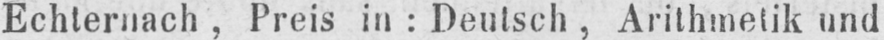
Echternach, Preis in: Deutsch, Arithmetik und